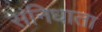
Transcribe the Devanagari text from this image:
संनिधाता